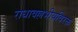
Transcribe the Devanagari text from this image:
राधावल्लभीयविरक्त